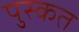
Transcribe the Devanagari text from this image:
पुस्कत